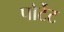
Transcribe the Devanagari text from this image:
पोर्टेट